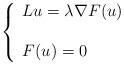
LaTeX: \begin{align*}\left\{\begin{array}{ll}L u = \lambda \nabla F(u)\\\\F(u)=0\\\end{array}\right.\end{align*}